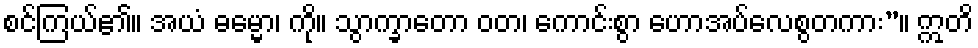
စင်ကြယ်၏။ အယံ ဓမ္မော၊ ကို။ သွာက္ခာတော ဝတ၊ ကောင်းစွာ ဟောအပ်လေစွတကား”။ ဣတိ